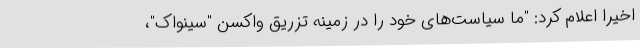
اخیرا اعلام کرد: "ما سیاست‌های خود را در زمینه تزریق واکسن "سینواک"،